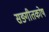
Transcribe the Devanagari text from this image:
सङ्गीतकोष